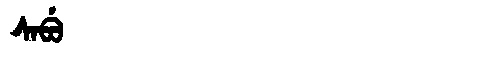
Manchu: ᠰᠠᠪᡠ
Romanization: SABU